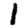
Digit: 1